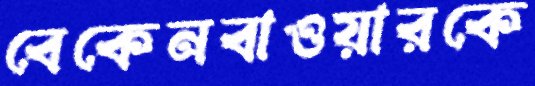
বেকেনবাওয়ারকে